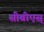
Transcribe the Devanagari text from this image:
सीबीएस्